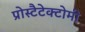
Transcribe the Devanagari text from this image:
प्रोस्टैटेक्टोमी